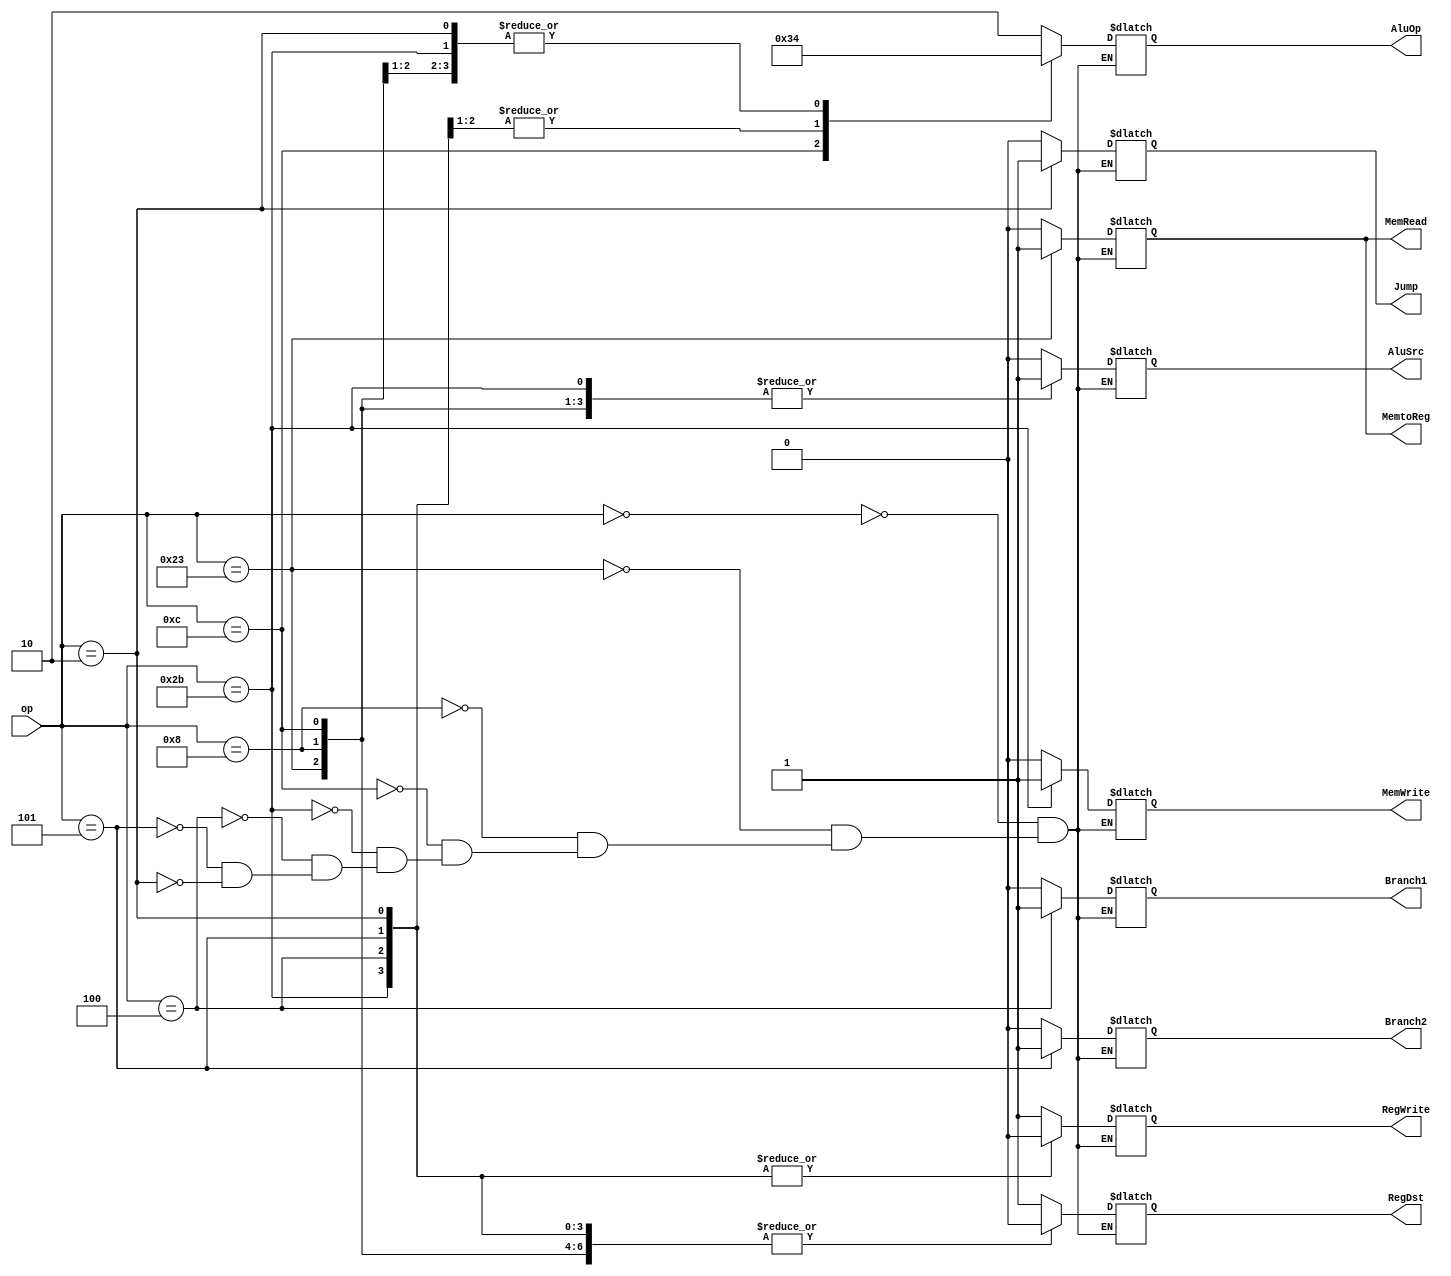
module Control_ID(
    input [5:0] op,
    output reg AluSrc,
    output reg [1:0] AluOp,
    output reg RegDst,
    output reg Branch1,
    output reg Branch2,
    output reg MemWrite,
    output reg MemRead,
    output reg MemtoReg,
    output reg RegWrite,
    //output reg PcSrc,
    output reg Jump
    );
    initial begin
    AluSrc=1'b0;
    AluOp=2'b00;
    RegDst=1'b0;
    Branch1=1'b0;
    Branch2=1'b0;
    MemWrite=1'b0;
    MemRead=1'b0;
    MemtoReg=1'b0;
    RegWrite=1'b0;
    //PcSrc<=1'b0;
    Jump=1'b0;
    end
    
    always@(op) begin
    case(op)
    6'b000000: begin //R_tyoe
    AluSrc<=1'b0;
    AluOp<=2'b10;
    RegDst<=1'b1;
    Branch1<=1'b0;
    Branch2<=1'b0;
    MemWrite<=1'b0;
    MemRead<=1'b0;
    MemtoReg<=1'b0;
    RegWrite<=1'b1;
    //PcSrc<=1'b0;
    Jump<=1'b0;
    end
    
    6'b100011: begin //lw
    AluSrc<=1'b1;
    AluOp<=2'b00;
    RegDst<=1'b0;
    Branch1<=1'b0;
    Branch2<=1'b0;
    MemWrite<=1'b0;
    MemRead<=1'b1;
    MemtoReg<=1'b1;
    RegWrite<=1'b1;
    //PcSrc<=1'b0;
    Jump<=1'b0;
    end
    
    6'b001000: begin //addi
    AluSrc=1'b1;
    AluOp=2'b00;
    RegDst=1'b0;
    Branch1=1'b0;
    Branch2=1'b0;
    MemWrite=1'b0;
    MemRead=1'b0;
    MemtoReg=1'b0;
    RegWrite=1'b1;
    //PcSrc<=1'b0;
    Jump=1'b0;
    end
    
    6'b001100: begin //andi
    AluSrc<=1'b1;
    AluOp<=2'b11;
    RegDst<=1'b0;
    Branch1<=1'b0;
    Branch2<=1'b0;
    MemWrite<=1'b0;
    MemRead<=1'b0;
    MemtoReg<=1'b0;
    RegWrite<=1'b1;
    //PcSrc<=1'b0;
    Jump<=1'b0;
    end      
    
    6'b101011: begin //sw
    AluSrc<=1'b1;
    AluOp<=2'b00;
    RegDst<=1'b0; //x
    Branch1<=1'b0;
    Branch2<=1'b0;
    MemWrite<=1'b1;
    MemRead<=1'b0;
    MemtoReg<=1'b0;//x
    RegWrite<=1'b0;
    //PcSrc<=1'b0;
    Jump<=1'b0;
    end
    
    6'b000100: begin //beq
    AluSrc<=1'b0;
    AluOp<=2'b01;
    RegDst<=1'b0;//x
    Branch1<=1'b1;
    Branch2<=1'b0;
    MemWrite<=1'b0;
    MemRead<=1'b0;
    MemtoReg<=1'b0;//x
    RegWrite<=1'b0;
    //PcSrc<=1'b0;
    Jump<=1'b0;
    end
    
    6'b000101: begin //bne mem
    AluSrc<=1'b0;
    AluOp<=2'b01;
    RegDst<=1'b0;//x
    Branch1<=1'b0;
    Branch2<=1'b1;
    MemWrite<=1'b0;
    MemRead<=1'b0;
    MemtoReg<=1'b0;//x
    RegWrite<=1'b0;
    //PcSrc<=1'b0;
    Jump<=1'b0;
    end
    
    6'b000010: begin //j
    AluSrc<=1'b0;//x
    AluOp<=2'b00;//x
    RegDst<=1'b0;//x
    Branch1<=1'b0;//x
    Branch2<=1'b0;//x
    MemWrite<=1'b0;
    MemRead<=1'b0;//x
    MemtoReg<=1'b0;//x
    RegWrite<=1'b0;
    //PcSrc<=1'b1;
    Jump<=1'b1;
    end
    
    default: ;
    endcase
 end
 
endmodule